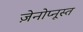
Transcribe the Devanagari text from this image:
ज़ेनोप्नूस्त